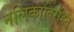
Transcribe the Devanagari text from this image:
नलिकाविरहित